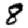
Digit: 8